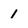
Character: 1